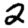
Digit: 2